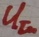
Text: UIn